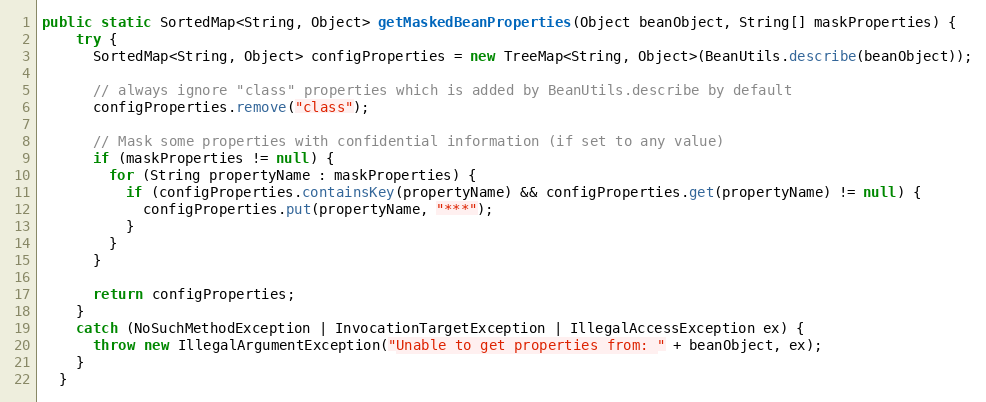
Language: Java
public static SortedMap<String, Object> getMaskedBeanProperties(Object beanObject, String[] maskProperties) {
    try {
      SortedMap<String, Object> configProperties = new TreeMap<String, Object>(BeanUtils.describe(beanObject));

      // always ignore "class" properties which is added by BeanUtils.describe by default
      configProperties.remove("class");

      // Mask some properties with confidential information (if set to any value)
      if (maskProperties != null) {
        for (String propertyName : maskProperties) {
          if (configProperties.containsKey(propertyName) && configProperties.get(propertyName) != null) {
            configProperties.put(propertyName, "***");
          }
        }
      }

      return configProperties;
    }
    catch (NoSuchMethodException | InvocationTargetException | IllegalAccessException ex) {
      throw new IllegalArgumentException("Unable to get properties from: " + beanObject, ex);
    }
  }